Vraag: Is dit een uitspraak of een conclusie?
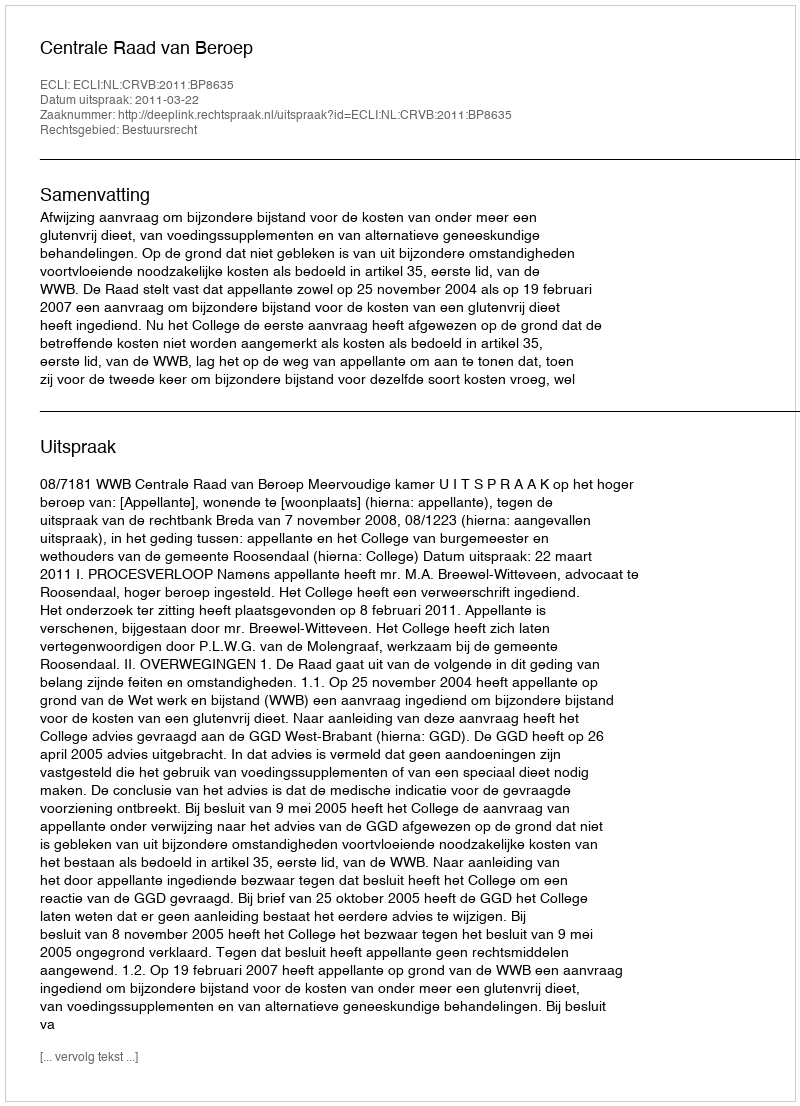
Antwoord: Uitspraak